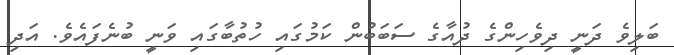
ބަލިވެ ދަނީ ދިވެހިންގެ ދުއާގެ ސަބަބުން ކަމުގައި ހުތުބާގައި ވަނީ ބުނެފައެވެ. އަދި